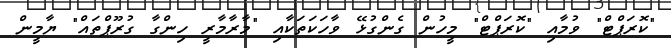
"ކޮރަޕްޓް" ވުމާއި "ކޮރަޕްޓް" މީހުން ގެންގުޅޭ ވާހަކަތަކާއި "މާރާމާރީ ހިންގާ ގުރޫޕްތައް" ޔާމީން